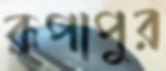
রূপাপুর